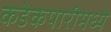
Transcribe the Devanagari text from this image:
कडेकपारीमध्ये